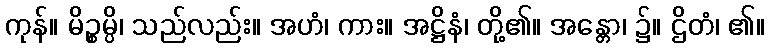
ကုန်။ မိဉ္စမ္ပိ၊ သည်လည်း။ အဟံ၊ ကား။ အဋ္ဌိနံ၊ တို့၏။ အန္တော၊ ၌။ ဌိတံ၊ ၏။